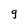
Character: g